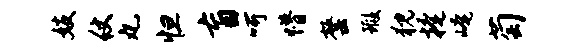
妓仗丸怛盲呵懵罄瑕猊掩崦萄